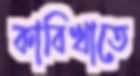
কাবিখাতে